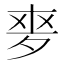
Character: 𡖘